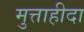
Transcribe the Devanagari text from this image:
मुत्ताहीदा